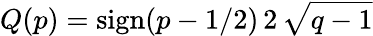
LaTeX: Q(p)=\operatorname{sign}(p-1/2)\, 2\, {\sqrt{q-1}}